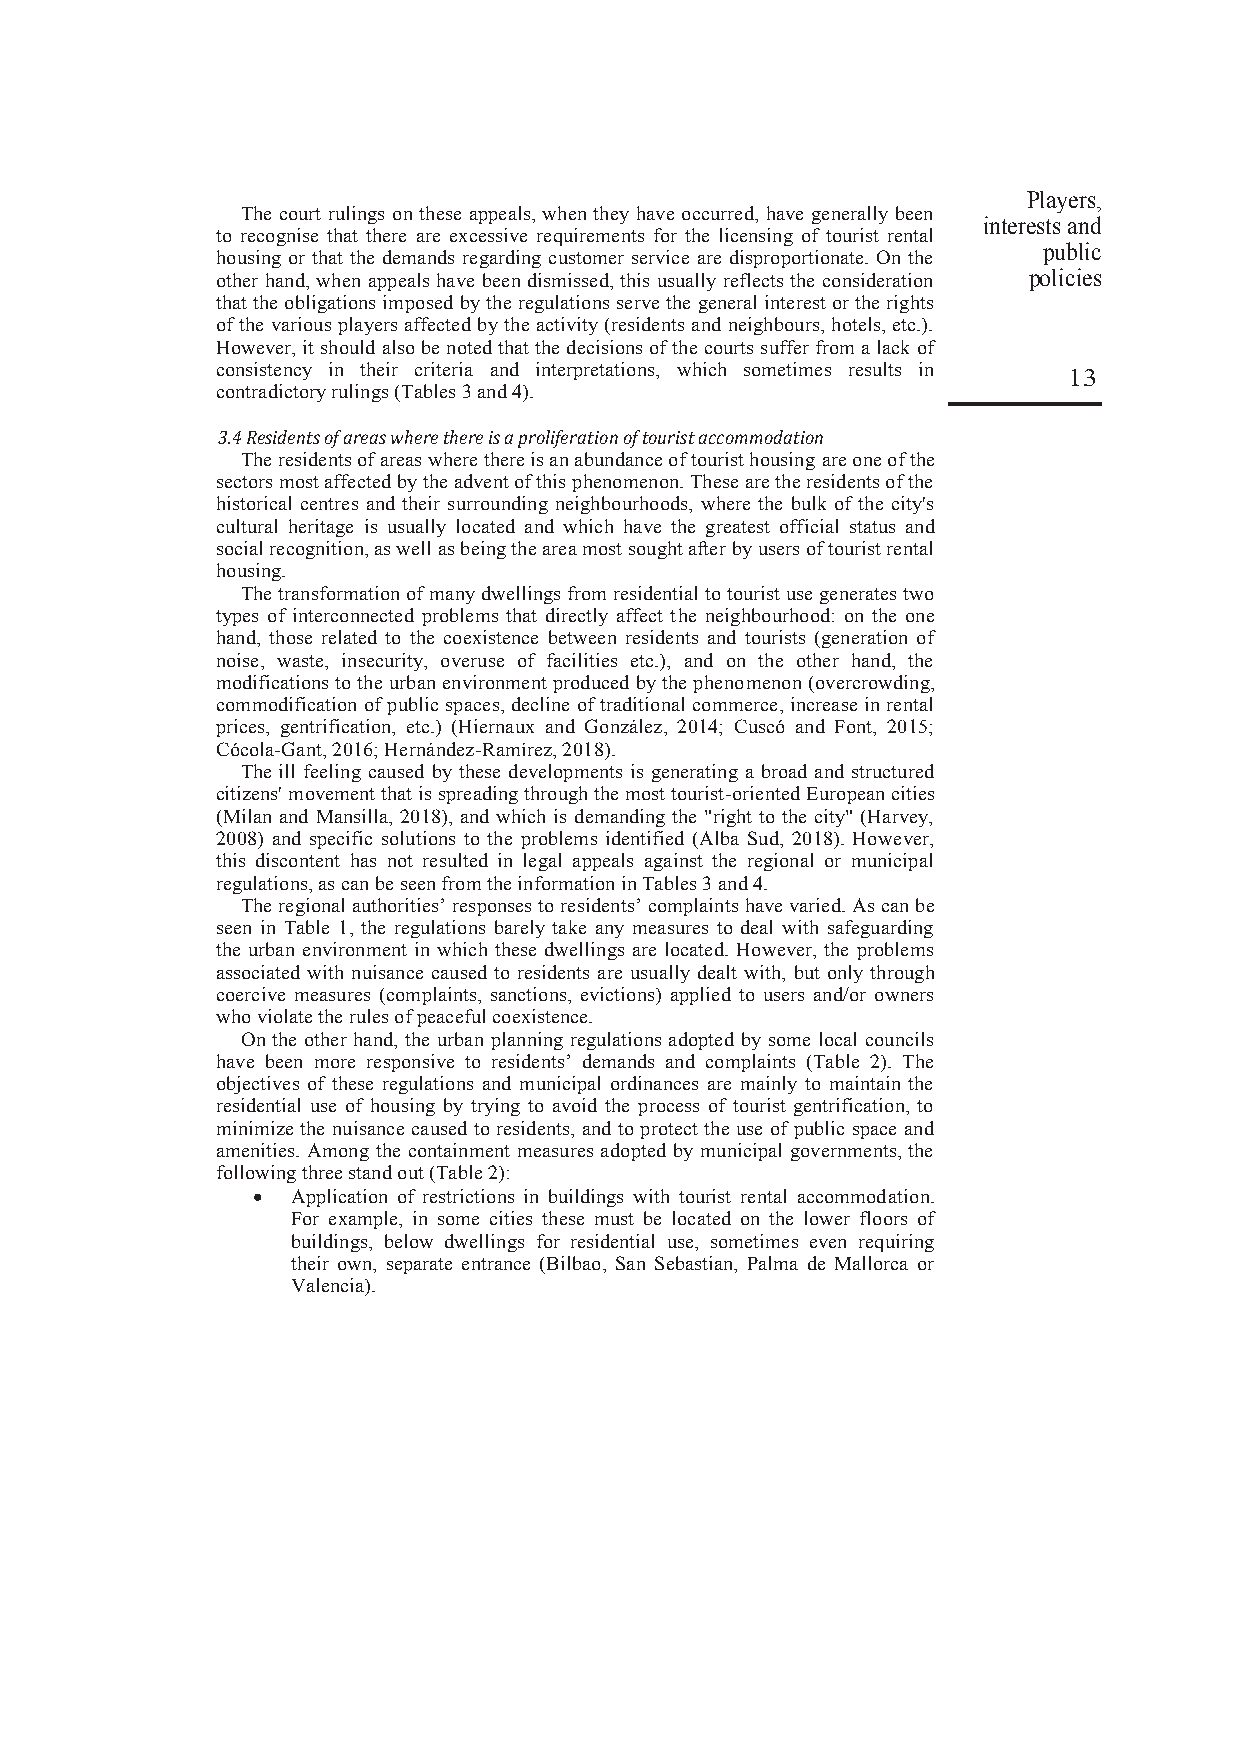
Players,
 The court rulings on these appeals, when they have occurred, have generally been
 interests and
 to recognise that there are excessive requirements for the licensing of tourist rental
 public
 housing or that the demands regarding customer service are disproportionate. On the
 other hand, when appeals have been dismissed, this usually reflects the consideration policies
 that the obligations imposed by the regulations serve the general interest or the rights
 of the various players affected by the activity (residents and neighbours, hotels, etc.).
 However, it should also be noted that the decisions of the courts suffer from a lack of
 consistency in their criteria and interpretations, which sometimes results in
 13
 contradictory rulings (Tables 3 and 4).
 3.4 Residents of areas where there is a proliferation of tourist accommodation
 The residents of areas where there is an abundance of tourist housing are one of the
 sectors most affected by the advent of this phenomenon. These are the residents of the
 historical centres and their surrounding neighbourhoods, where the bulk of the city's
 cultural heritage is usually located and which have the greatest official status and
 social recognition, as well as being the area most sought after by users of tourist rental
 housing.
 The transformation of many dwellings from residential to tourist use generates two
 types of interconnected problems that directly affect the neighbourhood: on the one
 hand, those related to the coexistence between residents and tourists (generation of
 noise, waste, insecurity, overuse of facilities etc.), and on the other hand, the
 modifications to the urban environment produced by the phenomenon (overcrowding,
 commodification of public spaces, decline of traditional commerce, increase in rental
 prices, gentrification, etc.) (Hiernaux and González, 2014; Cuscó and Font, 2015;
 Cócola-Gant, 2016; Hernández-Ramírez, 2018).
 The ill feeling caused by these developments is generating a broad and structured
 citizens' movement that is spreading through the most tourist-oriented European cities
 (Milan and Mansilla, 2018), and which is demanding the "right to the city" (Harvey,
 2008) and specific solutions to the problems identified (Alba Sud, 2018). However,
 this discontent has not resulted in legal appeals against the regional or municipal
 regulations, as can be seen from the information in Tables 3 and 4.
 The regional authorities’ responses to residents’ complaints have varied. As can be
 seen in Table 1, the regulations barely take any measures to deal with safeguarding
 the urban environment in which these dwellings are located. However, the problems
 associated with nuisance caused to residents are usually dealt with, but only through
 coercive measures (complaints, sanctions, evictions) applied to users and/or owners
 who violate the rules of peaceful coexistence.
 On the other hand, the urban planning regulations adopted by some local councils
 have been more responsive to residents’ demands and complaints (Table 2). The
 objectives of these regulations and municipal ordinances are mainly to maintain the
 residential use of housing by trying to avoid the process of tourist gentrification, to
 minimize the nuisance caused to residents, and to protect the use of public space and
 amenities. Among the containment measures adopted by municipal governments, the
 following three stand out (Table 2):
  Application of restrictions in buildings with tourist rental accommodation.
 For example, in some cities these must be located on the lower floors of
 buildings, below dwellings for residential use, sometimes even requiring
 their own, separate entrance (Bilbao, San Sebastian, Palma de Mallorca or
 Valencia).